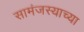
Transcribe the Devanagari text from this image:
सामंजस्याच्या